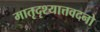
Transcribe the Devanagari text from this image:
मातृदृश्यात्तवदनो